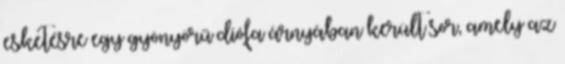
esketésre egy gyönyörű diófa árnyában került sor, amely az